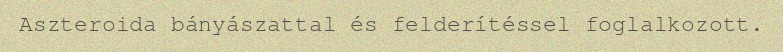
Aszteroida bányászattal és felderítéssel foglalkozott.